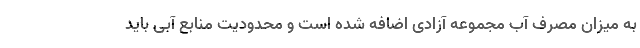
به میزان مصرف آب مجموعه آزادی اضافه شده است و محدودیت منابع آبی باید